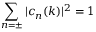
\sum _ { n = \pm } | c _ { n } ( k ) | ^ { 2 } = 1